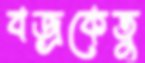
বজ্রকেতু